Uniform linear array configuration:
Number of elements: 16
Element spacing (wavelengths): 0.25
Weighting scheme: kaiser
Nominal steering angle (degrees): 0
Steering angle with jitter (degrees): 0.1217
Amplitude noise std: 0.05
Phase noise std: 0.05

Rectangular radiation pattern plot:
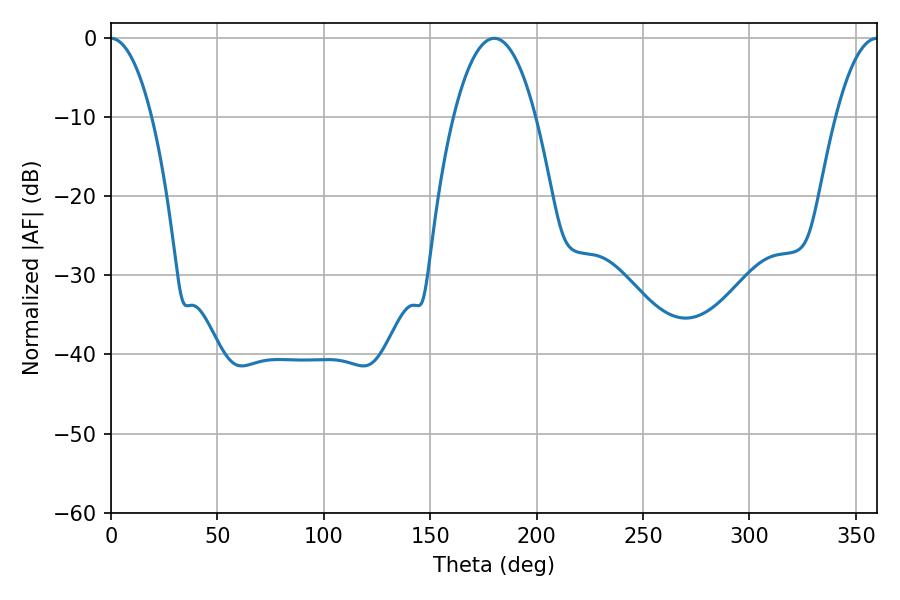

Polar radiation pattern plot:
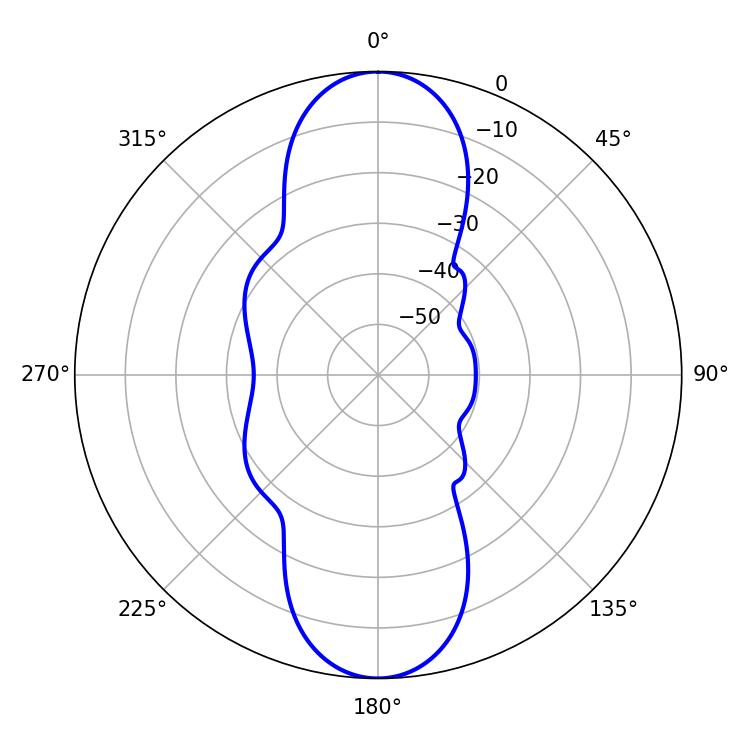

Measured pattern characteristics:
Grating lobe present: FALSE
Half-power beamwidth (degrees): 21.42
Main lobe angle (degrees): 180.18